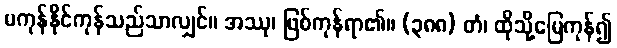
မကုန်နိုင်ကုန်သည်သာလျှင်။ အဿု၊ ဖြစ်ကုန်ရာ၏။ (၃၈၈) တံ၊ ထိုသို့မြေကုန်၍